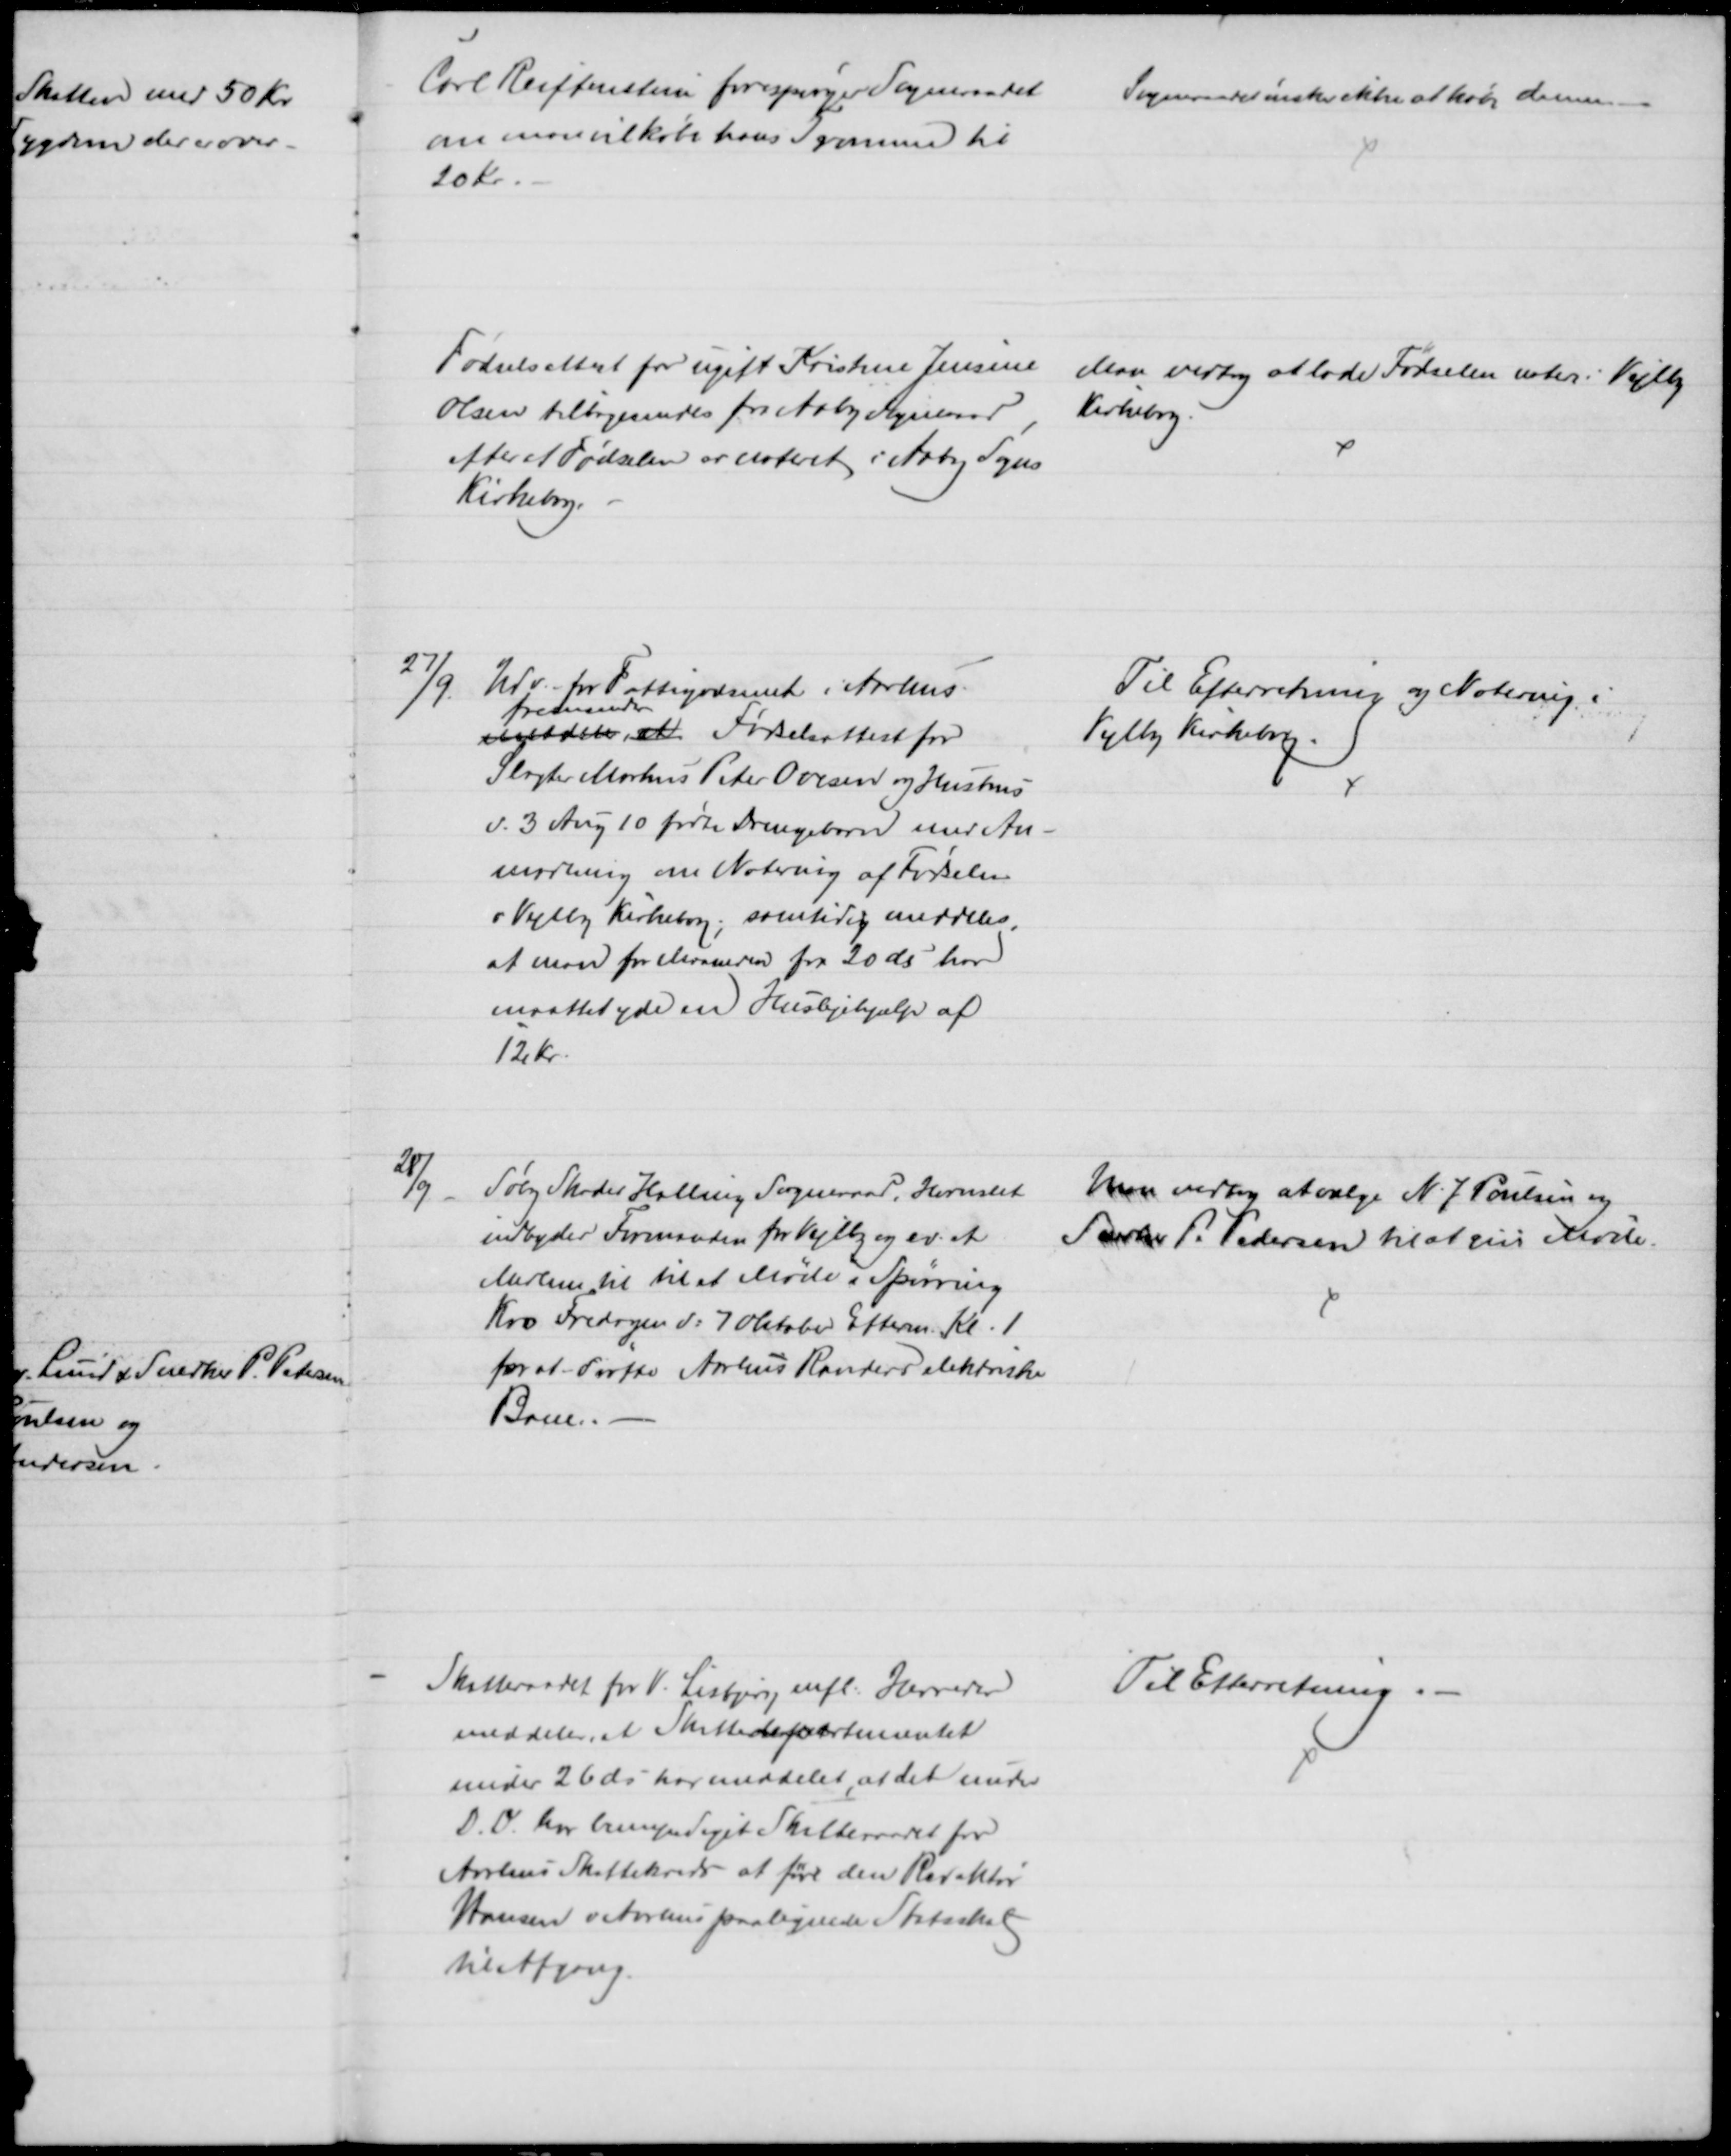
Transskription:
Carl Reiffenstein forespørger Sogneraadet 
om man vil købe hans Tromme til 
20 Kr.
Sogneraadet ønske ikke at købe denne.
Fødselsattest for ugift Kristine Jensine
Olsen tilbagesendes fra Aaby Sogneraad
efter at Fødselen er noteret i Aaby Sogns
Kirkebog.
Man vedtog at lade Fødselen noter i Vejlby
Kirkebog.
27/9.
Udv. for Fattigvæsenet i Aarhus.
meddeler, at
fremsender
Fødselsattest for
Slagter Markus Peter Ovesen og Hustrus
d. 3 Aug 10 fødte Drengebarn med An-
modning om Notering af Fødselen
i Vejlby Kirkebog, samtidig meddeles,
at man for Maaneden fra 20 ds har
maattet yde en Huslejehjælp af
12 Kr.
Til Efterretning og Notering i
Vejlby Kirkebog.
28/9
Søby Skader Halling Sogneraad, Hornslet
indbyder Formanden for Vejlby og ev. et
Medlem til til et Møde i Spørring
Kro Fredagen d: 7 Oktober Efterm. Kl. 1
for at drøfte Aarhus Randers elektriske
Bane.
Man vedtog at vælge N. J. Poulsen og
Snedker P. Pedersen til at give Møde.
Skatteraadet for V. Lisbjerg mfl. Herreder
meddeler, at Skattedepartementet
under 26 ds har meddelet, at det under
D. D. har bemyndiget Skatteraadet for
Aarhus Skattekreds at føre den Redaktør
Hansen v Aarhus paalignede Statsskat
til Afgang.
Til Efterretning.